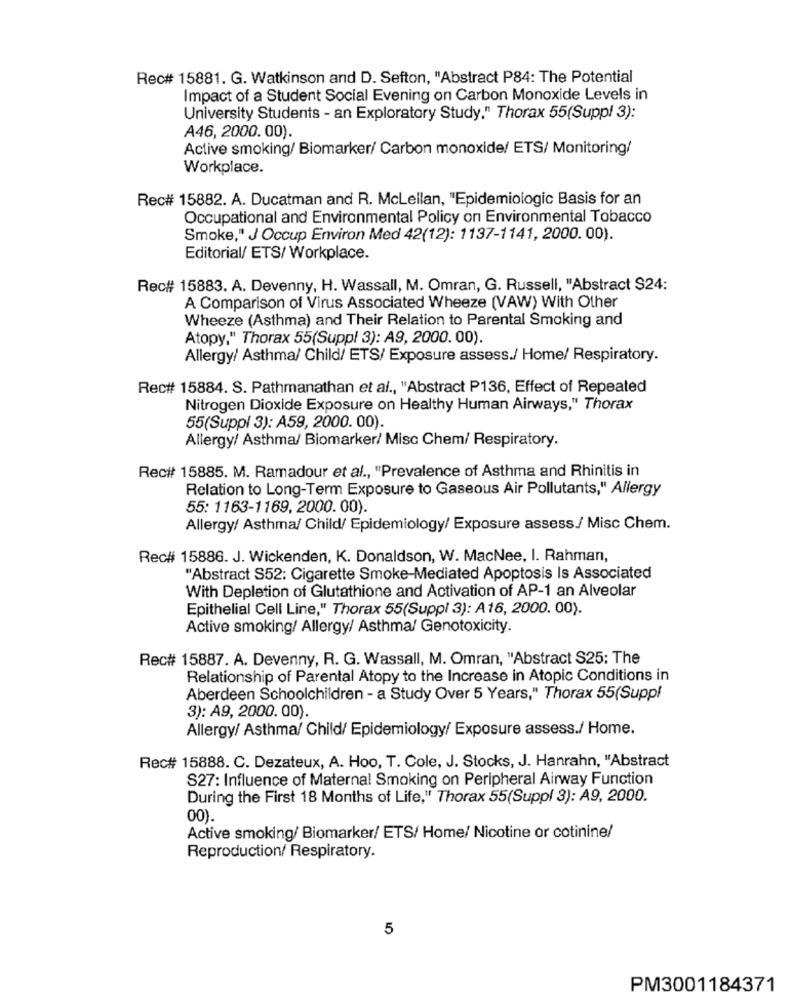
Rec# 15881. G. Watkinson and D. Sefton, "Abstract P84: The Potential
Impact of a Student Social Evening on Carbon Monoxide Levels in
University Students - an Exploratory Study." Thorax 55(Suppl 3):
A46, 2000.00).
Active smoking/ Biomarker/ Carbon monoxide/ ETS/ Monitoring/
Workplace.
Rec# 15882. A. Ducatman and R. Mclellan, "Epidemiologic Basis for an
Occupational and Environmental Policy on Environmental Tobacco
Smoke," J Occup Environ Med 42(12): 1137-1141, 2000. 00).
Editorial/ ETS/ Workplace.
Rec# 15883. A. Devenny, H. Wassall, M. Omran, G. Russell, "Abstract S24:
A Comparison of Virus Associated Wheeze (VAW) With Other
Wheeze (Asthma) and Their Relation to Parental Smoking and
Atopy," Thorax 55(Suppl 3): A9, 2000. 00).
Allergy/ Asthma/ Child/ ETS/ Exposure assess./ Home/ Respiratory.
Rec# 15884. S. Pathmanathan et al ., "Abstract P136, Effect of Repeated
Nitrogen Dioxide Exposure on Healthy Human Airways," Thorax
55(Suppl 3): A59, 2000. 00).
Allergy/ Asthma/ Biomarker/ Misc Chem/ Respiratory.
Rec# 15885. M. Ramadour et al ., "Prevalence of Asthma and Rhinitis in
Relation to Long-Term Exposure to Gaseous Air Pollutants," Allergy
55: 1163-1169, 2000. 00).
Allergy/ Asthma/ Child/ Epidemiology/ Exposure assess/ Misc Chem.
Rec# 15886. J. Wickenden, K. Donaldson, W. MacNee, I. Rahman,
"Abstract S52: Cigarette Smoke-Mediated Apoptosis Is Associated
With Depletion of Glutathione and Activation of AP-1 an Alveolar
Epithelial Cell Line," Thorax 55(Suppl 3): A16, 2000. 00).
Active smoking/ Allergy/ Asthma/ Genotoxicity.
Rec# 15887. A. Devenny, R. G. Wassall, M. Omran, "Abstract S25: The
Relationship of Parental Atopy to the Increase in Atopic Conditions in
Aberdeen Schoolchildren - a Study Over 5 Years," Thorax 55(Suppl
3): A9, 2000. 00).
Allergy/ Asthma/ Child/ Epidemiology/ Exposure assess./ Home.
Rec# 15888. C. Dezateux, A. Hoo, T. Cole, J. Stocks, J. Hanrahn, "Abstract
S27: Influence of Maternal Smoking on Peripheral Airway Function
During the First 18 Months of Life," Thorax 55(Suppl 3): A9, 2000.
00).
Active smoking/ Biomarker/ ETS/ Home/ Nicotine or cotinine/
Reproduction/ Respiratory.
5
PM3001184371